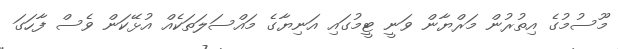
މޫސުމުގެ އިތުރުން މަރްޔާން ވަނީ ޓީމުގައި އަނިޔާގެ މައްސަލަތަކެއް އުޅޭކަން ވެސް ފާހަގަ